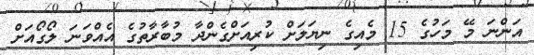
އަންނަ މޭ މަހުގެ 15 މެއިގެ ނިޔަލަށް ކުރިއަށްގެންދާ މުބާރާތުގެ އެއްވަނަ ލޯގޯއަށް